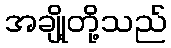
အချို့တို့သည်